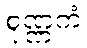
စုဏ္ဏကံ